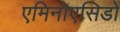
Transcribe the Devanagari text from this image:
एमिनोएसिडों